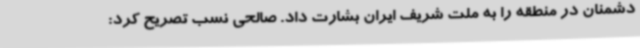
دشمنان در منطقه را به ملت شریف ایران بشارت داد. صالحی نسب تصریح کرد: